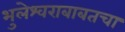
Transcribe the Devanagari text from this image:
भुलेश्वराबाबतचा